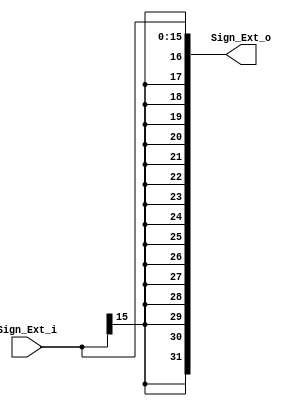
module Sign_Extend
(
	input [15:0] Sign_Ext_i,
	output wire [31:0] Sign_Ext_o
);

/*reg data;
reg [31:0] data_out;

always @(*)
begin 
	data <= (Sign_Ext_i[15]) ? 1'b1 : 1'b0;
	data_out <= { {16{data}},Sign_Ext_i};
end*/
assign	Sign_Ext_o = { {16{Sign_Ext_i[15]}}, Sign_Ext_i};
endmodule